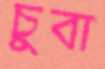
চুবা